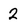
Character: 2